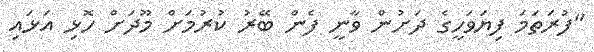
"ފުރަތަމަ ފިޔަވަހީގެ ދަށުން ވާނީ ފެން ބޭރު ކުރުމަށް މޫދަށް ހޮޅި އަޅައި